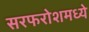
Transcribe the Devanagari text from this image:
सरफरोशमध्ये